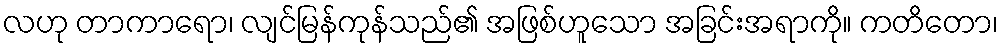
လဟု တာကာရော၊ လျင်မြန်ကုန်သည်၏ အဖြစ်ဟူသော အခြင်းအရာကို။ ကတိတော၊